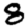
Digit: 8